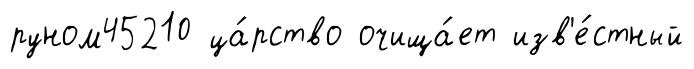
руном45210 ца́рство очища́ет изв'е́стный